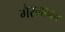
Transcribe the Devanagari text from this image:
गैरमानव